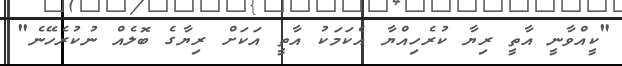
"ކީއްވާނީ އާތީ ރިޔާ ކުރެހިއްޔާ އެކަމަކު އާތީ އަކަށް ރިޔާގެ ބޮލެއް ނުކުރެހޭނެ"